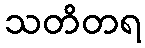
သတိတရ